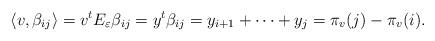
LaTeX: \begin{align*}\left<v,\beta_{ij}\right>=v^tE_\varepsilon\beta_{ij}=y^t\beta_{ij}=y_{i+1}+\cdots+y_j=\pi_v( j)-\pi_v( i).\end{align*}